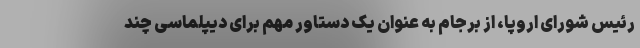
رئیس شورای اروپا، از برجام به عنوان یک دستاور مهم برای دیپلماسی چند